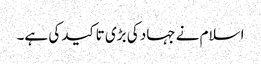
اسلام نے جہاد کی بڑی تاکید کی ہے۔